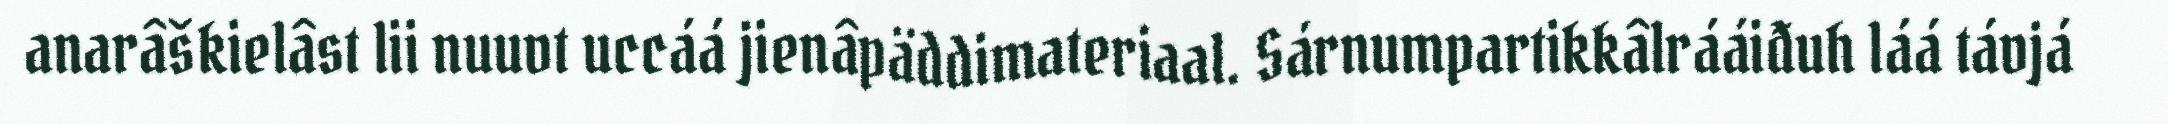
anarâškielâst lii nuuvt uccáá jienâpäddimateriaal. Sárnumpartikkâlrááiđuh láá távjá